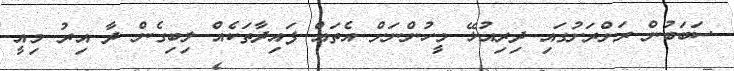
ސަބަބުން ރަށްރަށުގައި ދިރިއުޅޭ މީހުންނަށް އެތައް ފައިދާތަކެއް ލިބިގެން ދާ އިރު މިއީ